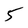
Character: 5